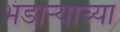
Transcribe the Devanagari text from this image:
भंडार्‍याच्या